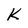
Character: K